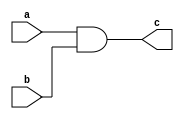
module and1(output c, input a, input b);

wire c1;

nand(c1, a, b);
nand(c, c1);

endmodule